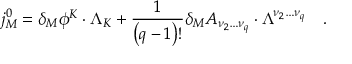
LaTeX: j _ { M } ^ { 0 } = \delta _ { M } \phi ^ { K } \cdot \Lambda _ { K } + \frac 1 { \left( q - 1 \right) ! } \delta _ { M } A _ { \nu _ { 2 } \ldots \nu _ { q } } \cdot \Lambda ^ { \nu _ { 2 } \ldots \nu _ { q } } \quad .